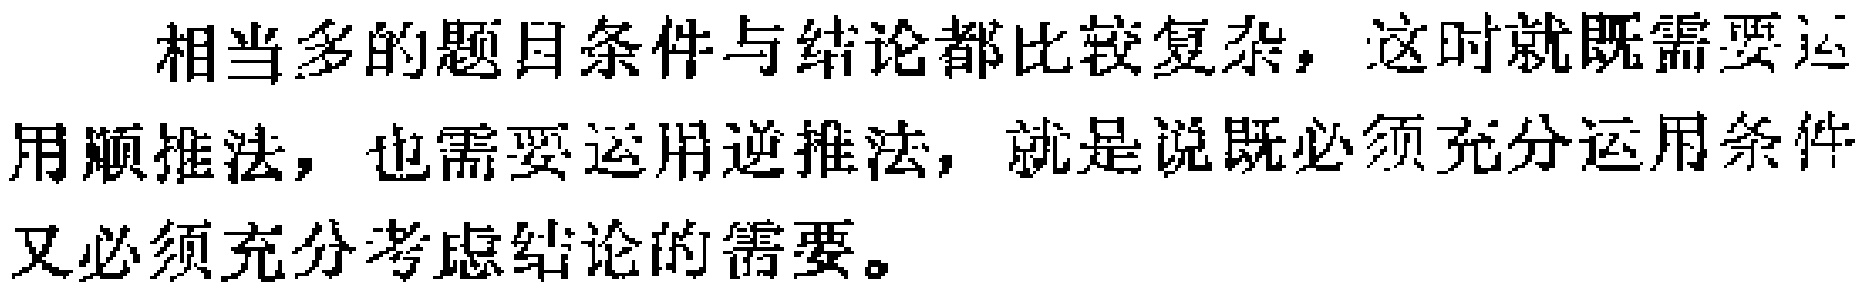
相当多的题目条件与结论都比较复杂，这时就既需要运用顺推法，也需要运用逆推法，就是说既必须充分运用条件又必须充分考虑结论的需要。